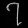
Digit: ၇